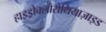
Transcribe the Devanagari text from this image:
हाइड्रोक्लोरोथियाज़ाइड